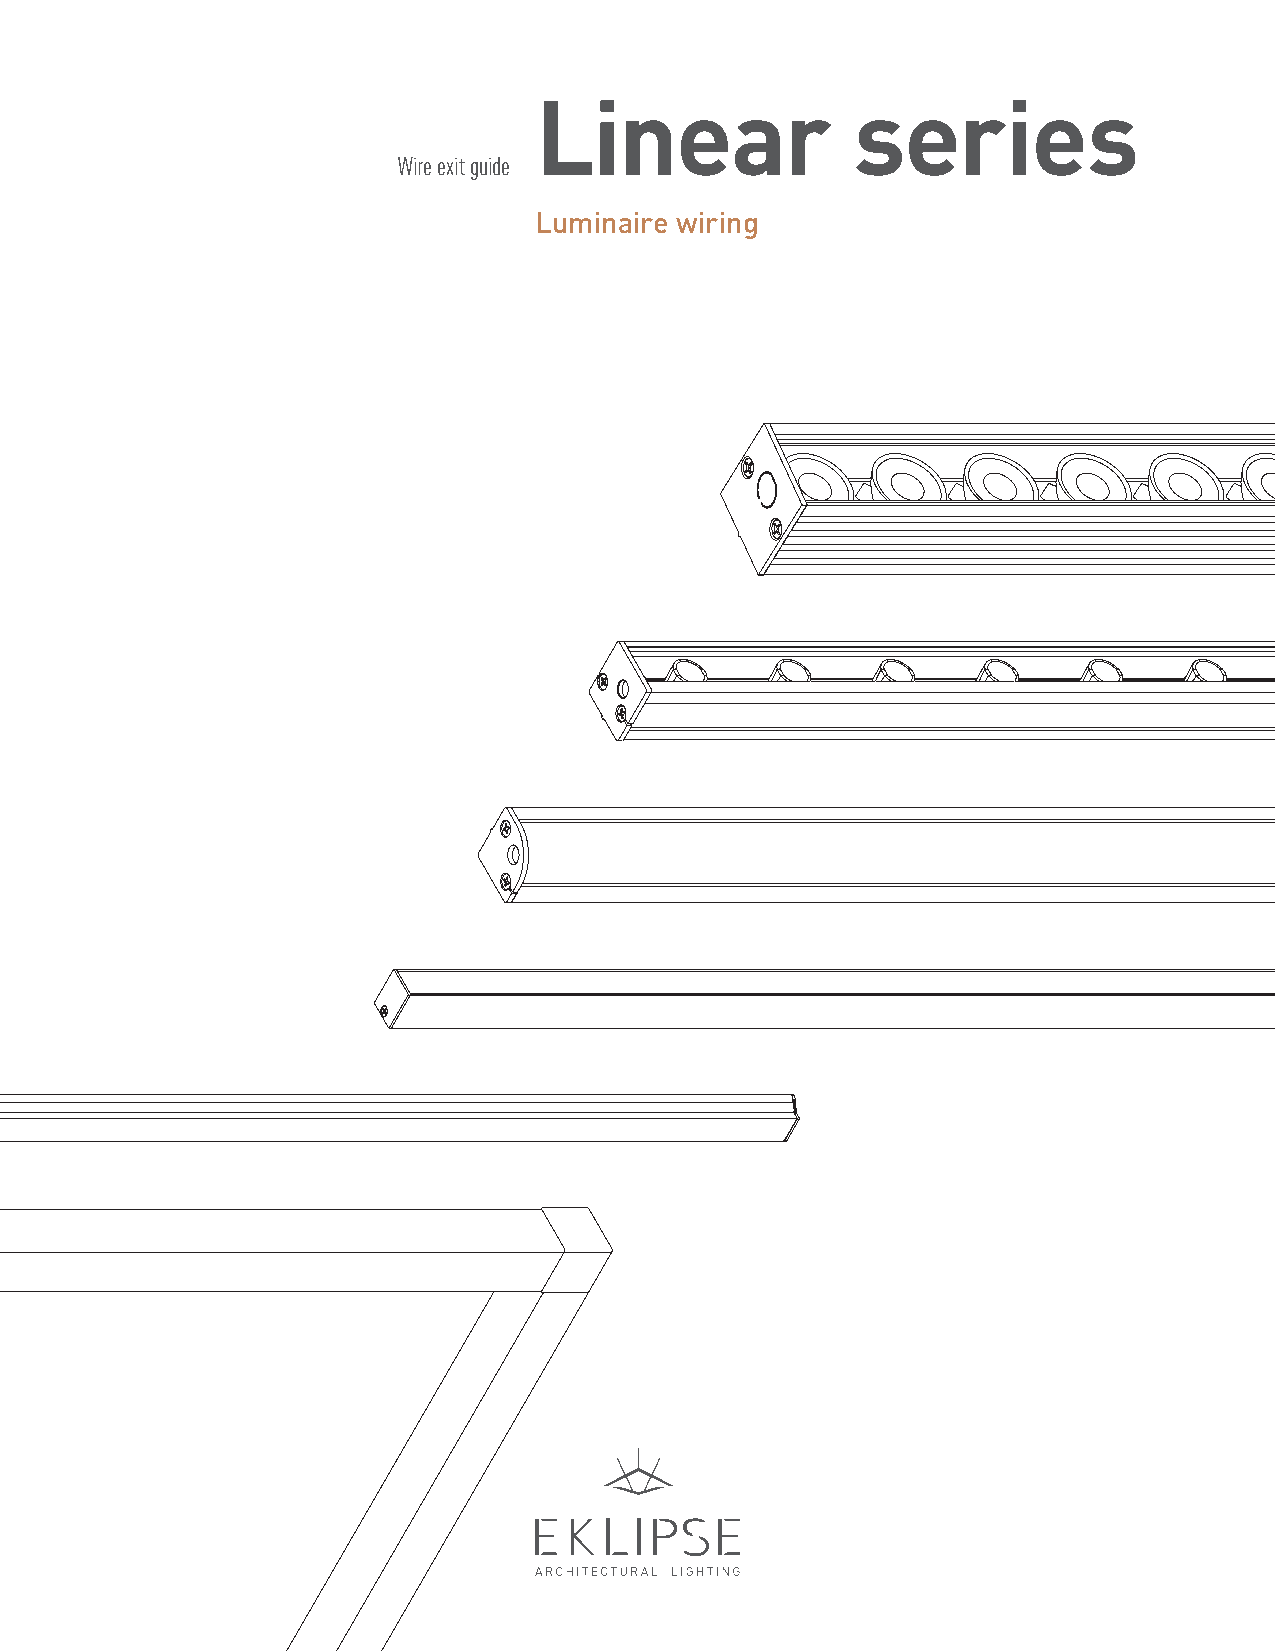
Linear                series
 Wire exit guide
 Luminaire wiring